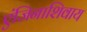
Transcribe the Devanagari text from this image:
एंजिनाशिवाय